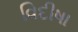
વિદીષા